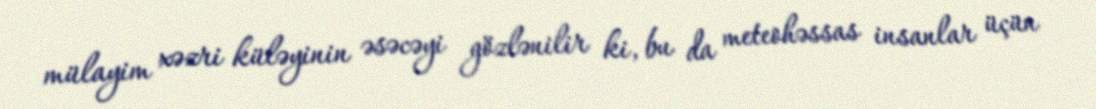
mülayim xəzri küləyinin əsəcəyi gözlənilir ki, bu da meteohəssas insanlar üçün